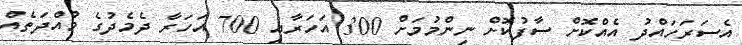
އެސަރަހައްދު އެއްކޮށް ސާފުކޮށް ނިންމުމަށް 300 އަހަރާއި 700 އަހަރާ ދެމެދުގެ މުއްދަތެއް